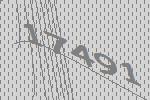
17491